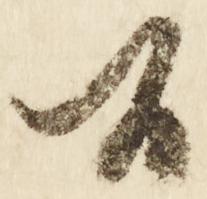
候